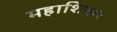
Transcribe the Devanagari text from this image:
महाशिखर